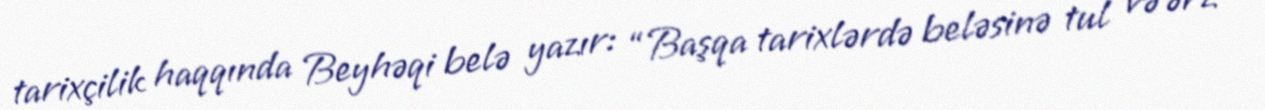
tarixçilik haqqında Beyhəqi belə yazır: “Başqa tarixlərdə beləsinə tul və ərz